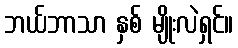
ဘယ်ဘာသာ နှစ် မျိုးလဲရှင်။